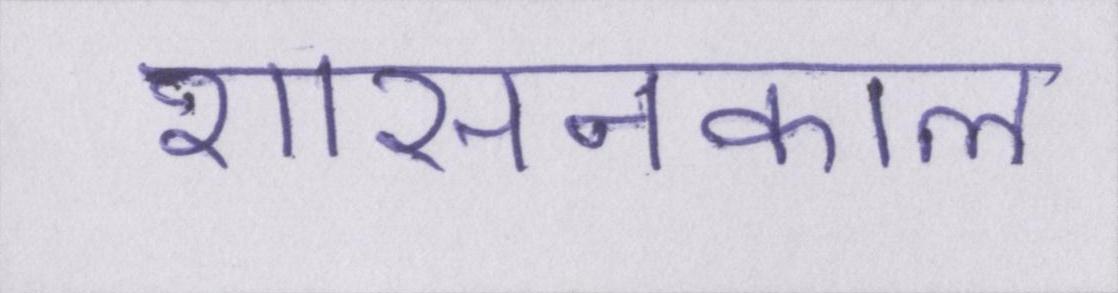
शासनकाल